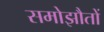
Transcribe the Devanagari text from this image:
समोझौतों